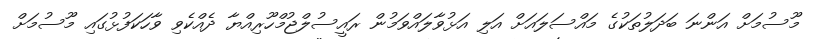
މޫސުމަށް އަންނަ ބަދަލުތަކުގެ މައްސަލައަށް އަލި އަޅުވާލައްވަމުން ރައީސުލްޖުމްހޫރިއްޔާ ދެއްކެވި ވާހަކަފުޅުގައި މޫސުމަށް